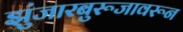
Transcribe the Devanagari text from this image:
झुंजारबुरूजावरून